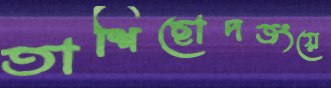
তাশিছোদজংয়ে